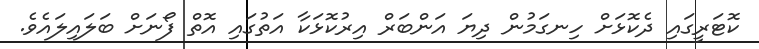
ކޮޓަރީގައި ދެކޮޅަށް ހިނގަމުން ދިޔަ އަންބަރް އިރުކޮޅަކާ އަތުގައި އޮތް ފޯނަށް ބަލައިލައެވެ.